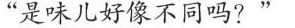
“是味儿好像26同吗?"